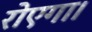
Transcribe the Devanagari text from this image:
रोएगा।